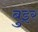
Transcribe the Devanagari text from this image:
बुइर